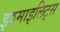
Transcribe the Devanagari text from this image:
इश्माइलिट्स